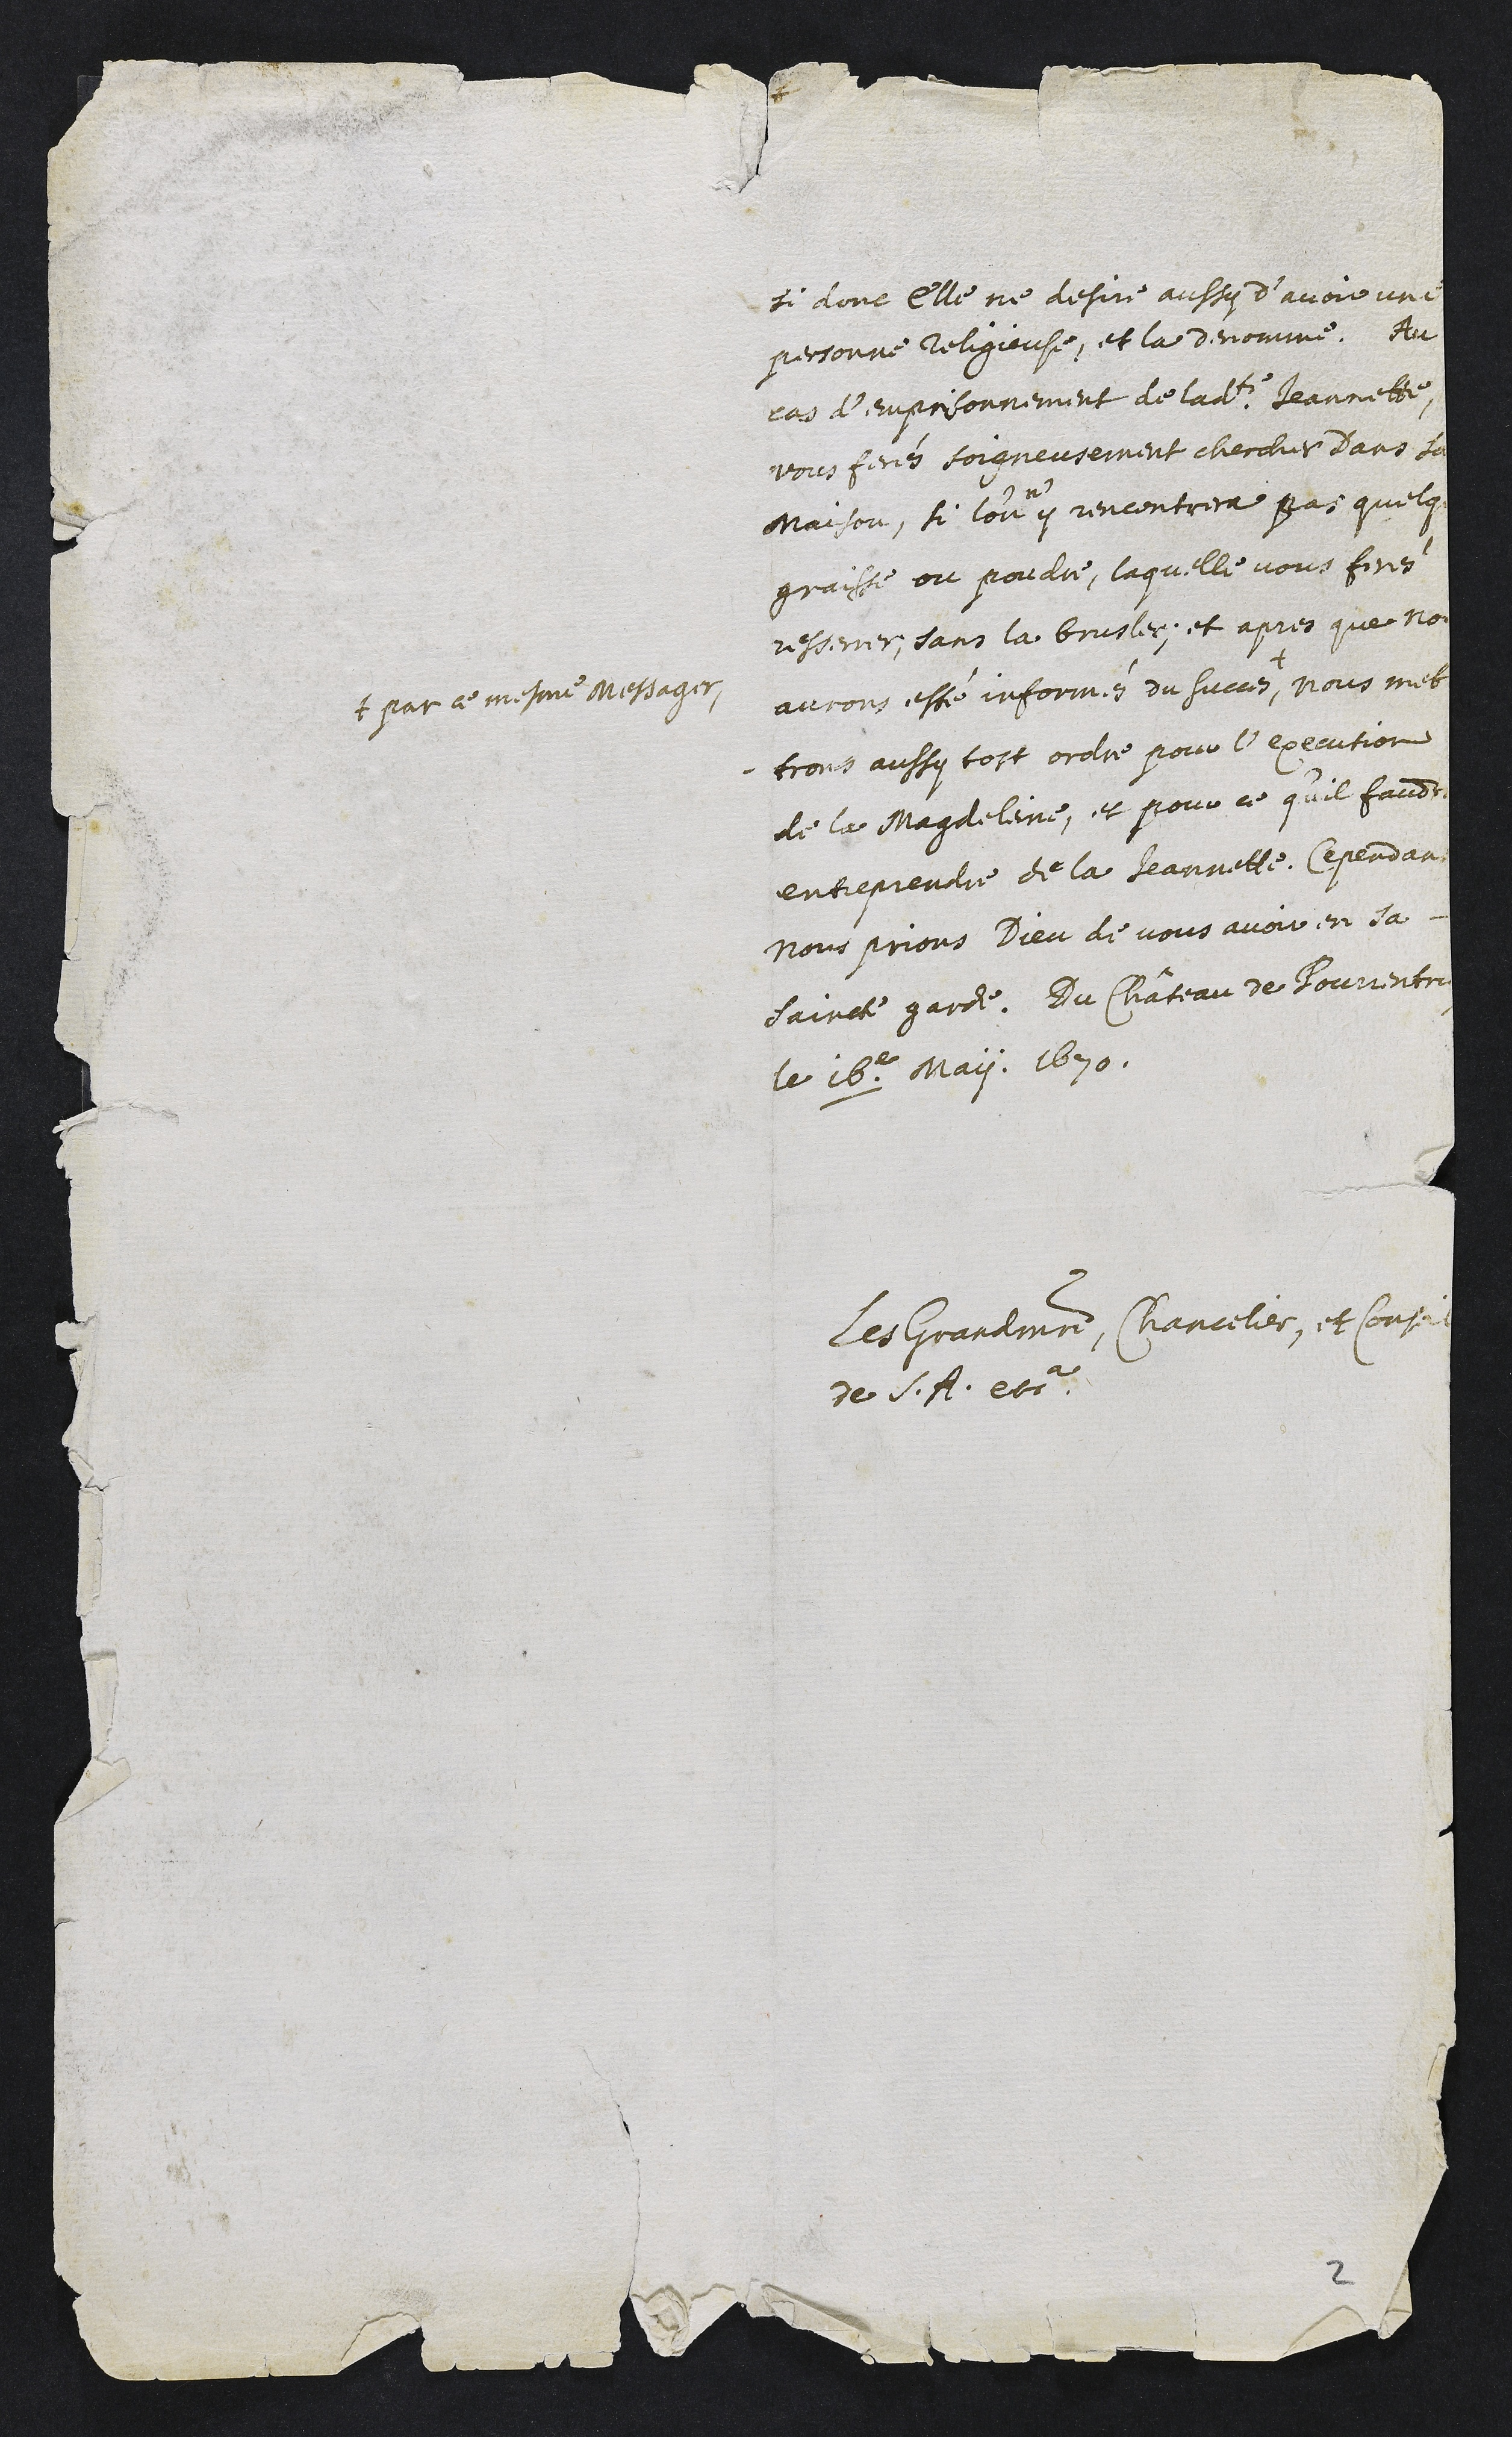
si donc elle ne desire aussy d’avoir une
personne religieuse, et la denomme. Au
cas d’emprisonnement de ladite Jeannette,
vous ferés soigneusement chercher dans sa
maison, si l’on
n'
y rencontrera pas quelq
graisse ou poudre, laquelle vous ferés
resserrer, sans la bruslée. Et apres que nou
aurons esté informés du succes, +
+ par ce mesme messager,
nous met
-trons aussy tost ordre pour l’execution
de la Magdeleine, et pour ce qu’il faudr
entreprendre de la Jeannette. Cependan
nous prions Dieu de vous avoir en sa
saincte garde. Du Château de Pourrentru
le 16.e May 1670.
Les grandmaistre, Chancelier, et Conseil
de Son Altesse etca.